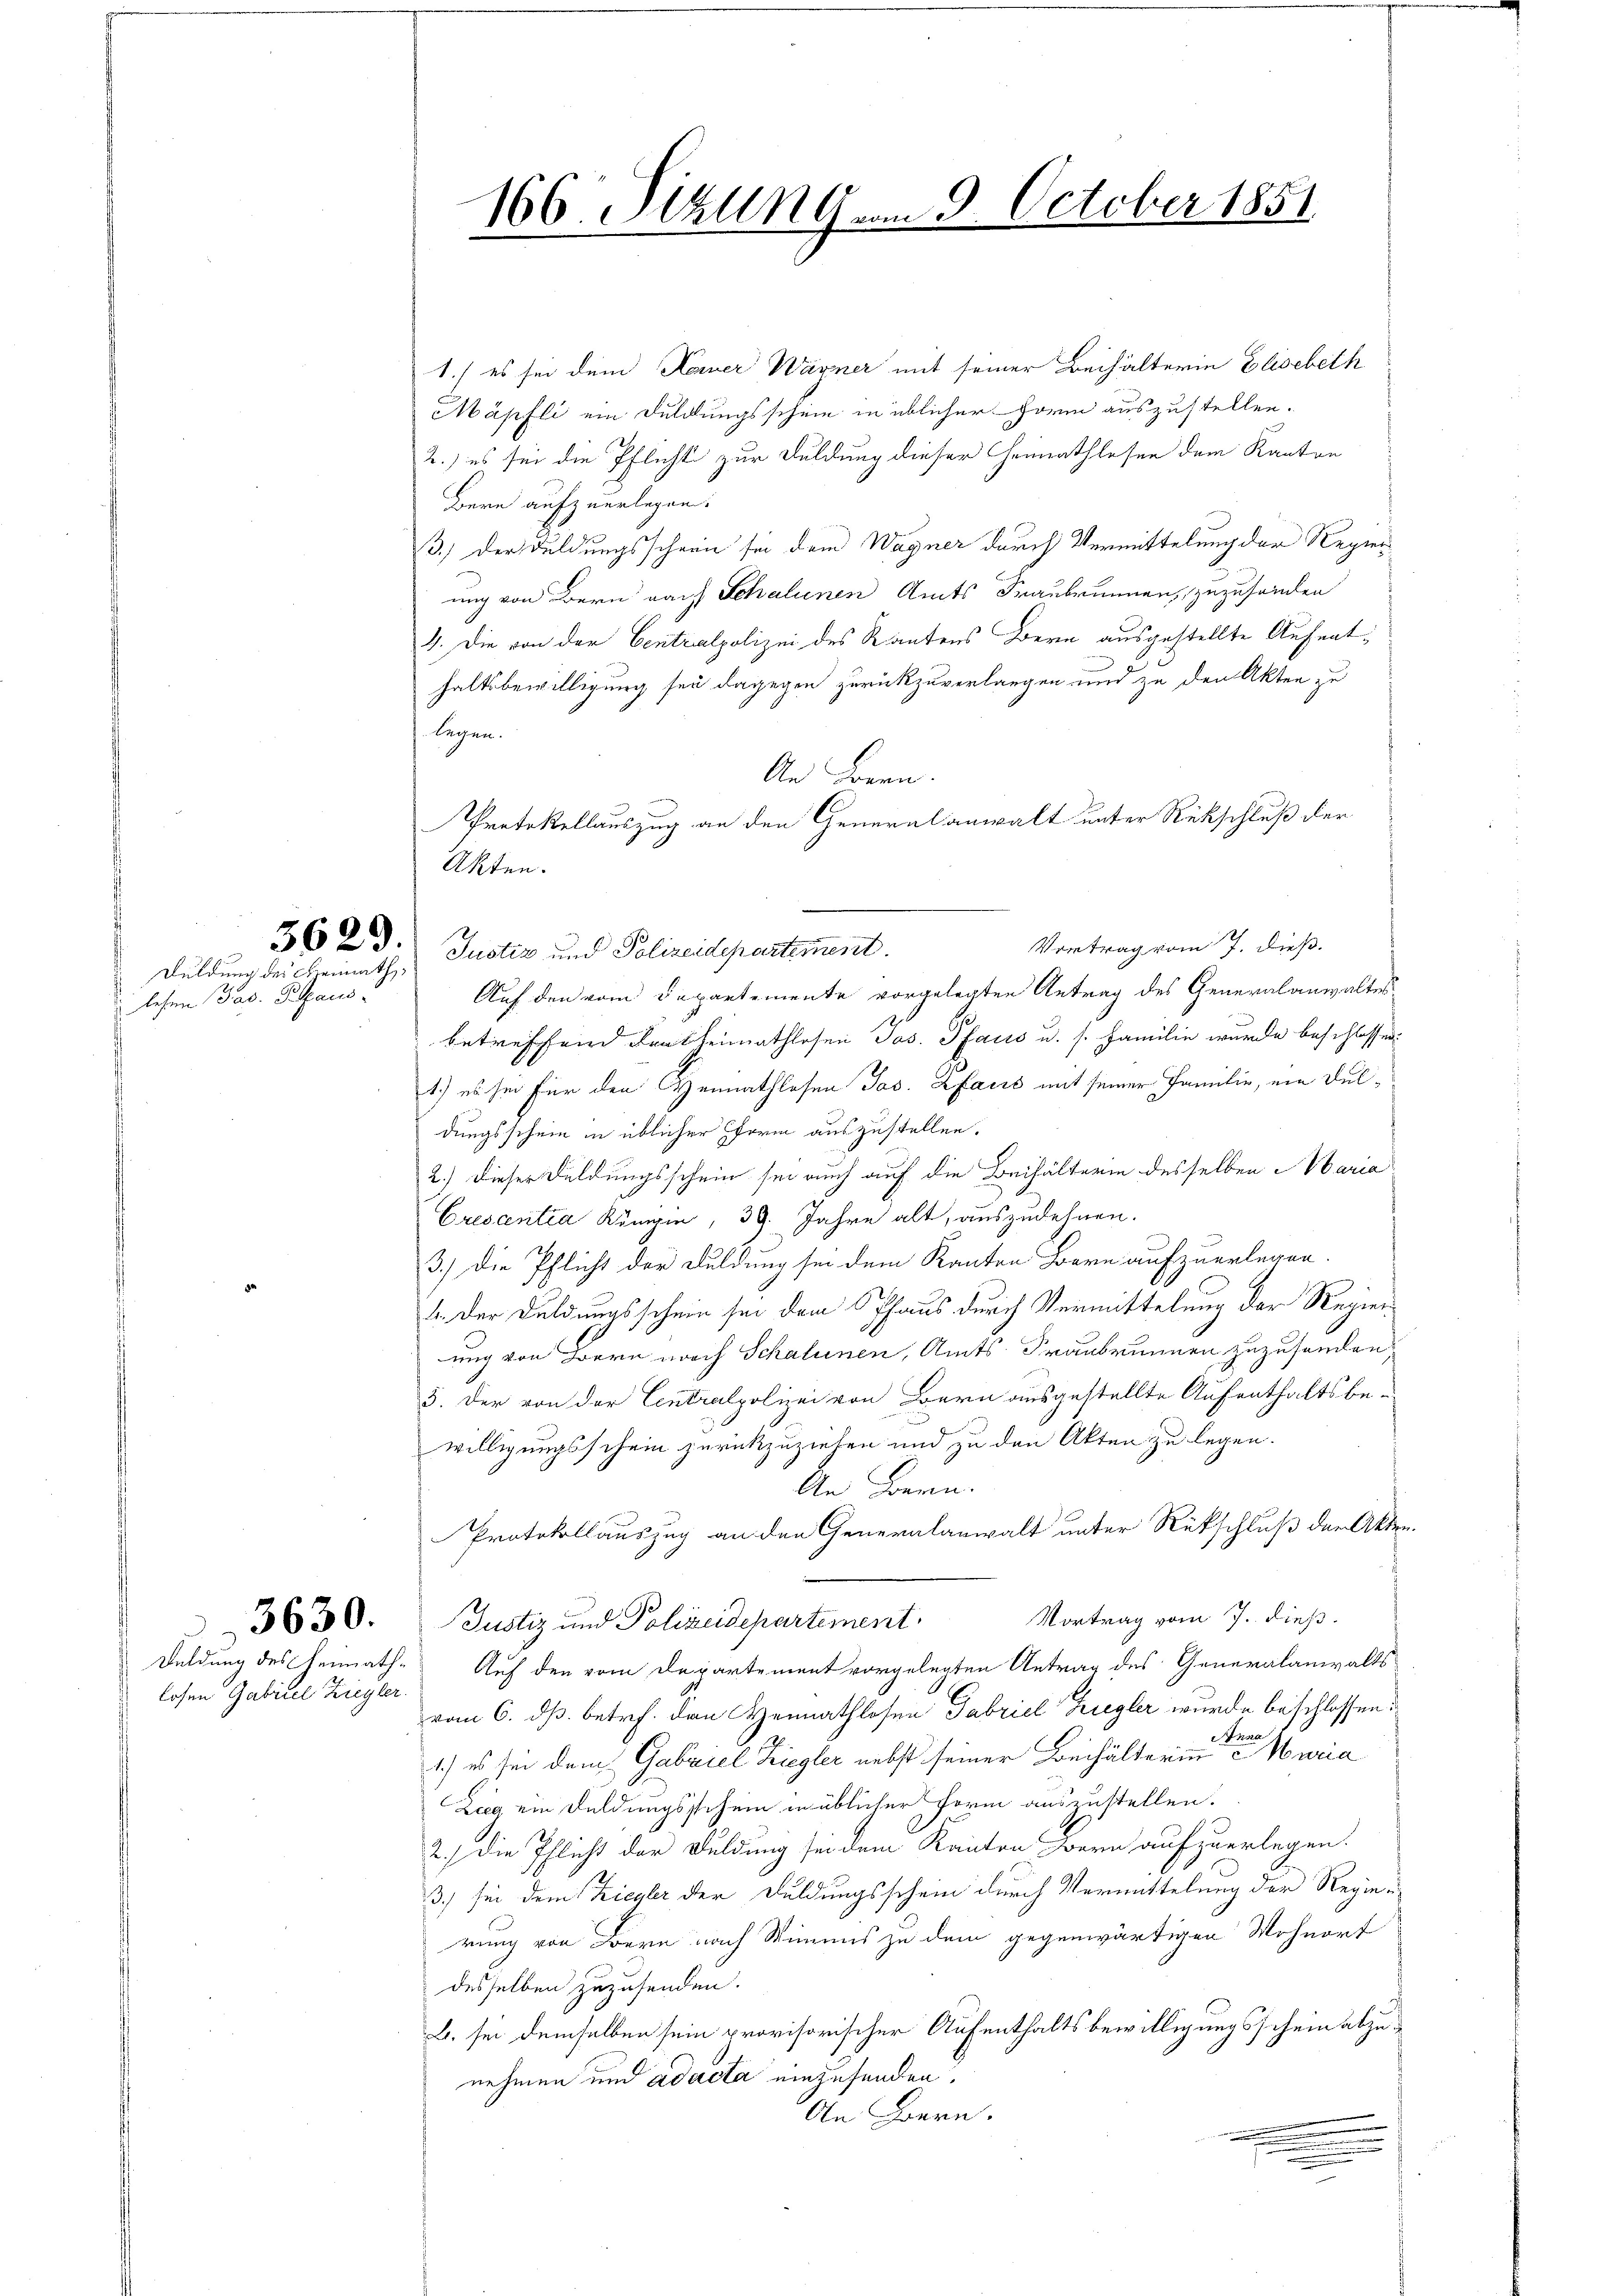
lehen Pas. Paus-

Duldung des Freimath

losen Gabrikel Ziegler.

166 Sitzung vom 9. October 1851.
1

1.) es sei dem Kamer Wagner mit seiner Beihälterin Elisabeth
Mäpfli ein Duldungsschein in üblicher Form auszustellen.
2.) es sei die Pflicht zur Duldung dieser Heimathlesen dem Kanton
Bern aufzuerlegen.
3.) Der Duldungsscheine sei dem Wagner durch Vermittelung der Regier
ung von Bern nach Schalinen Amts Fraubrunnen, zuzusenden
4. Die von der Centralpolizei des Kantons Bern ausgestellte Aufnathaltsbewilligung sei dagegen zurückzuverlangen und zu den Akten zu
legen.
An Bern.
Protokollauszug an den Generalanwalt unter Rückschluß der
Akten.
Vortrag vom 7. dieß.
3623. Justiz und Polizeidepartement.
Auf den vom Departemente vorgelegten Antrag des Generalanwaltes
betreffend Frutheimathlosen Jos. Pfaus u. s. Familie wurde beschlossen:
1.) es sei für den Heimathlosen Jas. Hfačić mit seiner Familie, ein Duldungsschein in üblicher form auszustellen.
2.) Dieser Feldungsschein sei auch auf die Beihälterin desselben Maria
Erescentia Königin, 39. Jahre alt, auszudehnen.
3.) Die Pflicht der Duldung sei dem Kanton Bern aufzuerlegen.
4. Der Duldungsschein sei dem Thaus durch Vermittelung der Regier
ung von Bern noch Schalunen, Amts Fraubrunnen zuzusenden,
3. Der von der Centralpolizei von Bern ausgestellte Aufenthaltsbe-
willigungsschein zurückzuziehen und zu den Akten zu legen.
An Bern.
Protokollauszug an den Generalanwalt unter Rückschluß der Akten.
Vortrag vom 7. dieß.
3630. Justiz und Polizeidepartement.
Deldung des Heimath. Auf den vom Departement vorgelegten Antrag des Generalanwalts
vom 6. dß. betr. den Heimathlosen Gabriel Ziegler wurde beschlossen:
1.) es sei dem Gabriel Ziegler nebst seiner Beihälterinneren Kuria
Zieg ein Duldungsstehen in üblicher Form auszustellen.
2.) die Pflicht der Feldung sei dem Kanton Bern aufzuerlegen.
3.) sei dem Ziegler der Duldungsschein durch Vermittelung der Regierung von Bern nach Simms zu dem gegenwärtigen Wohnort
desselben zuzusenden.
B. sei demselben sein provisorischer Aufenthaltsbewilligungsschein abzunehmen und Adacta einzusenden,
An Hern.
.
.
u